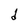
Character: d